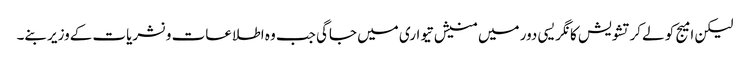
لیکن امیج کو لےکرتشویش کانگریسی دور میں منیش تیواری میں جاگی جب وہ اطلاعات ونشریات کےوزیر بنے۔